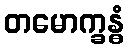
တမောက္ခန္ဓံ